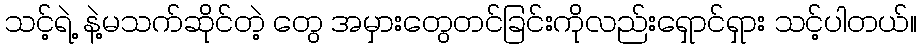
သင့်ရဲ့ နဲ့မသက်ဆိုင်တဲ့ တွေ အမှားတွေတင်ခြင်းကိုလည်းရှောင်ရှား သင့်ပါတယ်။